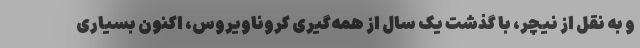
و به نقل از نیچر، با گذشت یک سال از همه‌گیری کروناویروس، اکنون بسیاری